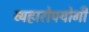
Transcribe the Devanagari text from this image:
व्यहारोपयोगी